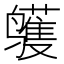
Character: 鹱